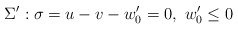
\begin{align*}\Sigma ': \sigma = u-v-w'_{0} =0, ~w'_{0}\leq 0 \end{align*}